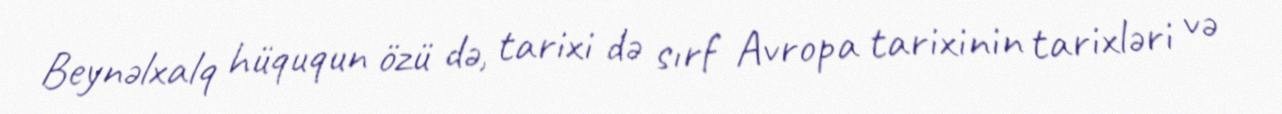
Beynəlxalq hüququn özü də, tarixi də sırf Avropa tarixinin tarixləri və